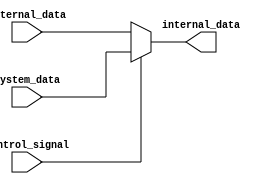
module io_buffer (
input wire external_data,
input wire system_data,
input wire control_signal,
output reg internal_data
);

always @ (control_signal)
begin
  if (control_signal == 1'b0) begin
    internal_data <= external_data;
  end else begin
    internal_data <= system_data;
  end
end

endmodule